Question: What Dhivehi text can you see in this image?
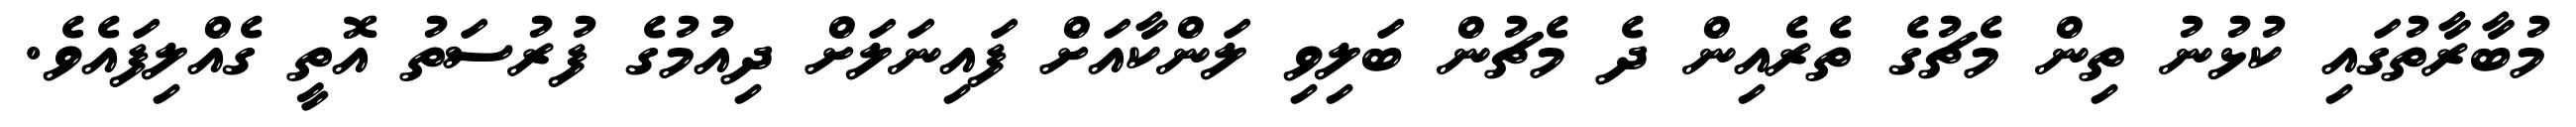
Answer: މުބާރާތުގައި ކުޅުނު ތިން މެޗުގެ ތެރެއިން ދެ މެޗުން ބަލިވި ލަންކާއަށް ފައިނަލަށް ދިއުމުގެ ފުރުސަތު އޮތީ ގެއްލިފައެވެ.